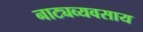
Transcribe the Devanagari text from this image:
नाट्यव्यवसाय